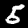
Label: 5